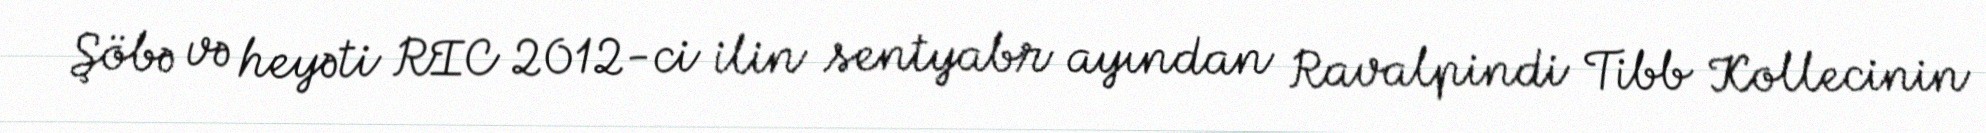
Şöbə və heyəti RIC 2012-ci ilin sentyabr ayından Ravalpindi Tibb Kollecinin